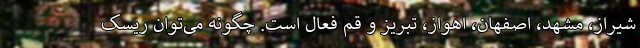
شیراز، مشهد، اصفهان، اهواز، تبریز و قم فعال است. چگونه می‌توان ریسک